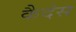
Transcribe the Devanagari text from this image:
कैदेस